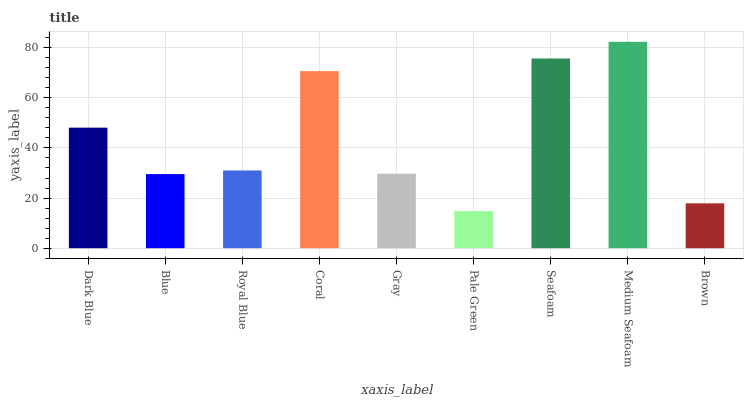
| xaxis_label | bars |
 | --- | --- |
 | Dark Blue | 48.1 |
 | Blue | 29.6 |
 | Royal Blue | 31 |
 | Coral | 70.6 |
 | Gray | 29.7 |
 | Pale Green | 14.8 |
 | Seafoam | 75.7 |
 | Medium Seafoam | 82.3 |
 | Brown | 17.9 |